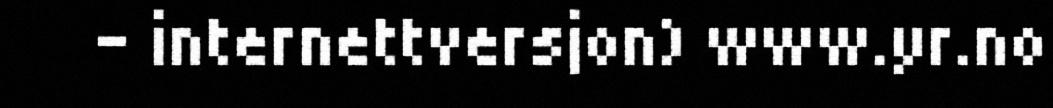
- internettversjon) www.yr.no